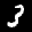
Label: 3